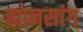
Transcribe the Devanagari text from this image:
ह्यानसांग